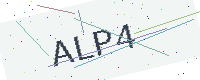
Text: ALP4